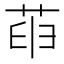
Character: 𦱸